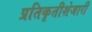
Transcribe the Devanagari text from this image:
प्रतिकृतीशेजारी